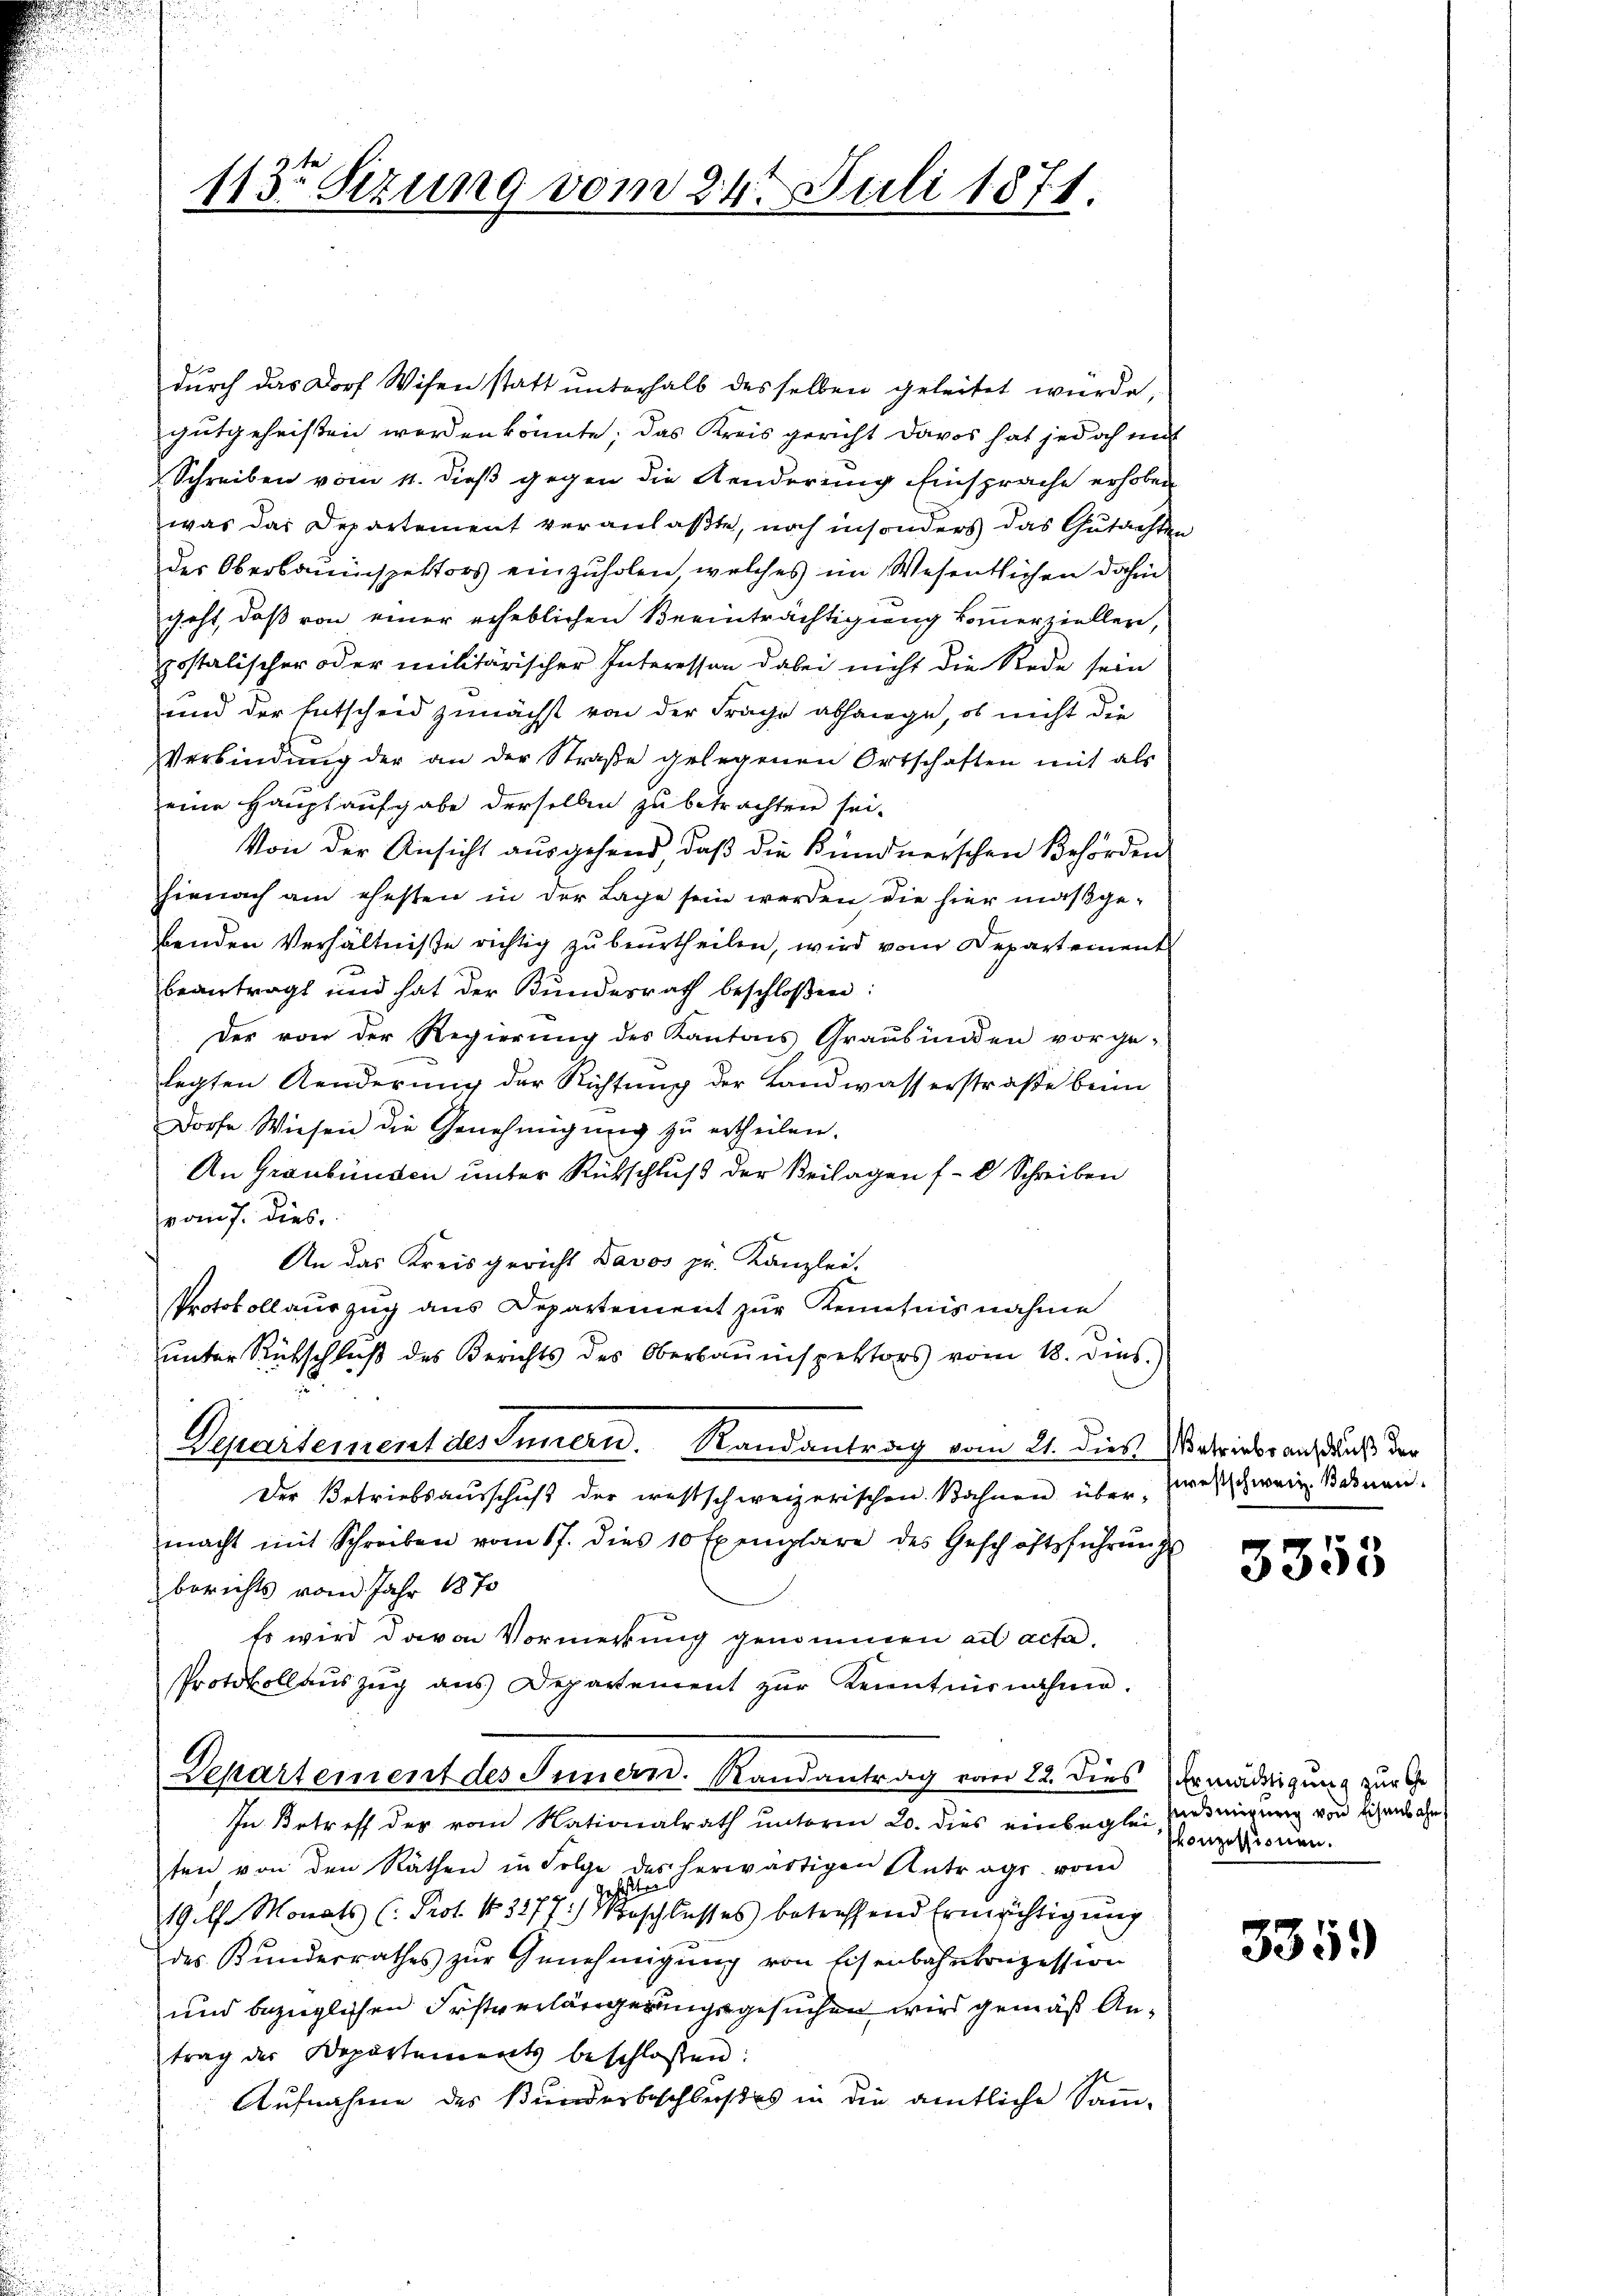
113 Sezung vom 24. Juli 1871.

durch das Dorf Wisen statt unterhalb desselben geleitet wurde,
gutgeheißen worden könnte; das Kreis gericht Davos hat jedoch mit
 Schreiben vom 11. dieß gegen die Aenderung Einsprache erhoben
was das Departement veranlaßte, noch insonders das Gutachten
des Oberbauinspektors einzuholen welches im Wesentlichen dahin
geht, daß von einer erheblichen Beeinträchtigung kommerziellen,
postalischer oder militärischer Interessen dabei nicht die Rede sein
und der Entscheid zunächst von der Frage abhange, ob nicht die
Verbindung der an der Straße gelegenen Ortschaften mit als
eine Hauptaufgabe derselben zu betrachten sei.
Von der Ansicht ausgehend, daß die Kündnerschen Behörden
hienach am ehesten in der Lage sein werden die hier maßgebenden Verhältniße richtig zu beurtheilen, wird vom Departement
beantragt und hat der Bundesrath beschloßen:
Der von der Regierung des Kantons Graubünden vorge-
legten Aenderung der Richtung der Landwasserstraße beim
Dorfe Wiesen die Genehmigung zu ertheilen.
An Graubünden unter Rutschluß der Beilagen f. Schreiben
raus. dies
An das Kreisgericht Davos pr. Kanzlei.
Protokollauszug aus Departement zur Kenntnisnahme
unter Rückschluß des Berichts des Oberbauinspektors vom 18. dies.)
Departement des Innern. Randantrag vom 21. dies Schrieber auf aus der
Der Betriebsausschuß der westschweizerischen Bahnen übermacht mit Schreiben vom 17. dies 10 Exemplare des Geschäftsführŭngs
berichts vom Jahr 1870
Es wird davon Vormerkung genommen ad acta.
Protokollauszug aus Departement zŭr Kenntnisnahme.
Departement des Innern. Randantrag vom 22. dies Ermädigung zur
In Betreff der vom Nationalrath unterm 20. dies einbeglei Predmigung von Eichens abe
ten von den Räthen in Folge des herwärtigen Antrags vom
gehalten
19 f. Monats (: Prof. No. 3277) Vorschlusses betreffend Ermächtigung
des Kunderrathes zur Genehmigung von Eisenbahnkonzession
und bezüglichen Fristverlängerungsgesuchen wird gemäß Antrag der Departements beschlossen:
Aufnahme des Bunderbeschlußes in die amtliche Samm-

westschweiz. Sehnen.

3353

konzessionen.

3359